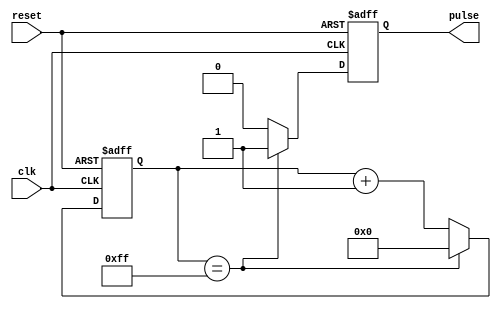
module Pulse_Generator (
    input wire clk,
    input wire reset,
    output reg pulse
);

reg [7:0] counter;

always @(posedge clk or posedge reset) begin
    if (reset) begin
        counter <= 8'b0;
        pulse <= 1'b0;
    end else begin
        if(counter == 8'b11111111) begin
            counter <= 8'b0;
            pulse <= 1'b1;
        end else begin
            counter <= counter + 1;
            pulse <= 1'b0;
        end
    end
end

endmodule